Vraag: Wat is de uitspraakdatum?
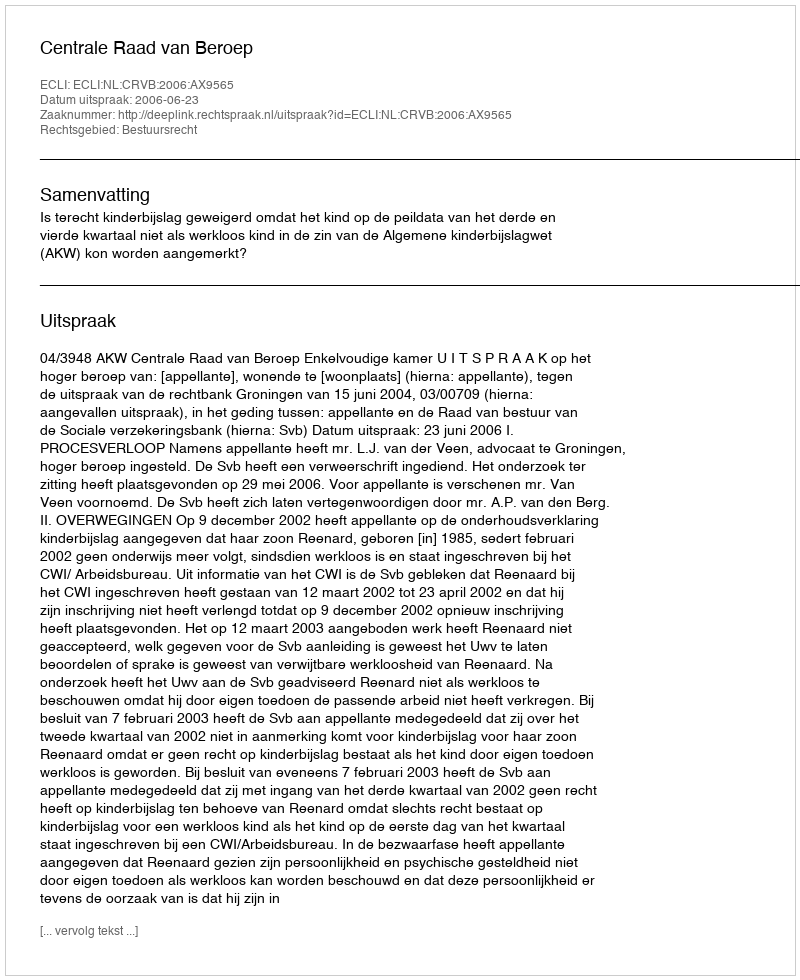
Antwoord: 2006-06-23